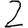
Digit: 2